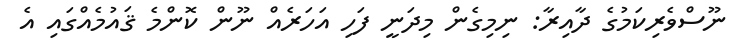
ނޫސްވެރިކަމުގެ ދާއިރާ: ނިމިގެން މިދަނީ ފަހި އަހަރެއް ނޫން ކޮންމެ ޤައުމެއްގައި އެ